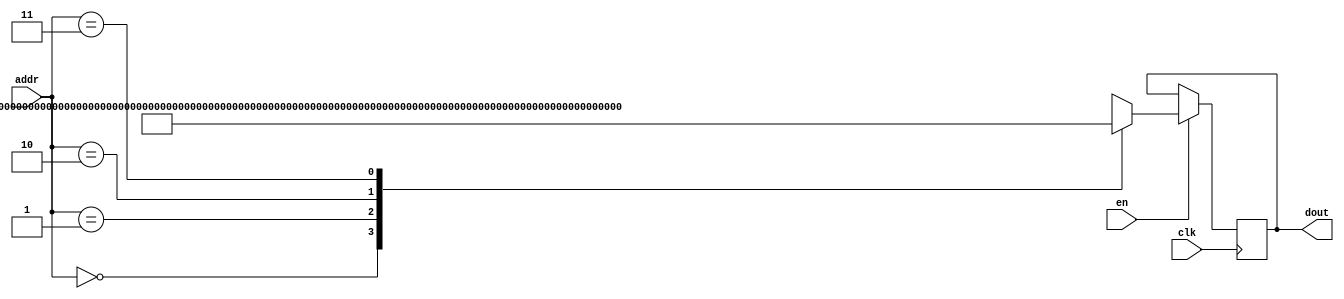
`timescale 1ns / 1ps
/*
Copyright
All right reserved.
Module Name: rom_syn
Author  : Zichuan Liu, Yixing Li and Wenye Liu.
Description:
A synthesized ROM: ROM_DEP x ROM_WID
*/
module AD_W_ROM_30(
// inputs
clk,
en,
addr,
// outputs
dout
);
localparam ROM_WID = 153;
localparam ROM_DEP = 4;
localparam ROM_ADDR = 2;
// input definition
input clk;
input en;
input [ROM_ADDR-1:0] addr;
// output definition
output [ROM_WID-1:0] dout;
reg [ROM_WID-1:0] data;
always @(posedge clk)
begin
if (en) begin
case(addr)
		2'd0: data <= 153'b111111011011010001111111110110110000000010110111001111111101110011101111111111110100100000010000100110111111011000001001111111101110000000000001110111100;
		2'd1: data <= 153'b111111111110101111111111111011100011111111101000111111111111000100011111110011001011011111101111101111000000010100101010000001001110010100000010011111001;
		2'd2: data <= 153'b000000000010111011111110100111010111111110000010000000000101001000000000000110001010100000010000110101111111100111000011111111111100001000000000000011010;
		2'd3: data <= 153'b000000101011001001111111100111000011111110101101000000000100110011011111111110111101011111101001001111000000100101011011111111110101000111111110000001001;
		endcase
		end
	end
	assign dout = data;
endmodule